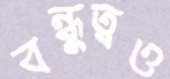
বন্ধুত্বও